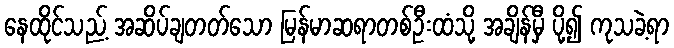
နေထိုင်သည့် အဆိပ်ချတတ်သော မြန်မာဆရာတစ်ဦးထံသို့ အချိန်မှီ ပို့၍ ကုသခဲ့ရာ